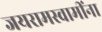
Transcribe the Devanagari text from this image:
जयरामस्वामींना